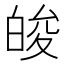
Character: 𤽭